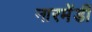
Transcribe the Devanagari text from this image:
नारमेंडी